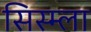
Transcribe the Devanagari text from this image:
सिस्म्ला